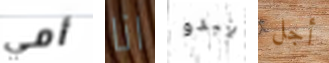
أمي انا يبدو أجل